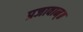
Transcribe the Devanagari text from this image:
प्रजावान्॥